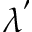
\lambda ^ { ' }